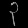
Digit: ၃